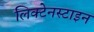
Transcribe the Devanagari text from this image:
लिक्टेनस्टाइन